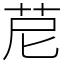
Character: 苨